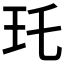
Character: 𤣯